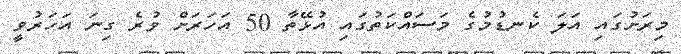
މިރަށުގައި އަލަ ކެނޑުުމުގެ މަސައްކަތުގައި އުޅޭތާ 50 އަހަރަށް ވުރެ ގިނަ އަހަރުވީ